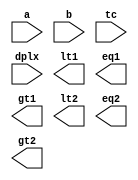
////////////////////////////////////////////////////////////////////////////////
//
//       This confidential and proprietary software may be used only
//     as authorized by a licensing agreement from Synopsys Inc.
//     In the event of publication, the following notice is applicable:
//
//                    (C) COPYRIGHT 1998 - 2018 SYNOPSYS INC.
//                           ALL RIGHTS RESERVED
//
//       The entire notice above must be reproduced on all authorized
//     copies.
//
//
// VERSION:   Simulation Architecture
//
// DesignWare_version: 7a790432
// DesignWare_release: O-2018.06-DWBB_201806.3
//
////////////////////////////////////////////////////////////////////////////////
//-----------------------------------------------------------------------------------
//
// ABSTRACT:  Duplex Comparator
// MODIFIED :
//          RPH Aug 21, 2002    Added parameter checking
//
//-------------------------------------------------------------------------------
module DW_cmp_dx (a, b, tc, dplx, lt1, eq1, gt1, lt2, eq2, gt2);

  parameter integer width    = 8; 
  parameter integer p1_width = 4; 

  // port list declaration in order
  input [ width- 1: 0] a, b;
  input tc;
  input dplx;
   
  output lt1, eq1, gt1;
  output lt2, eq2, gt2;
  // synopsys translate_off

   wire  is_less_1, is_equal_1;
   wire  is_less_2, is_equal_2;
   reg [p1_width-1 :0] a_part_1, b_part_1;
   reg [width-p1_width-1 :0] a_part_2, b_part_2;
  
   integer 		     i;
   
   function is_less;
    input [width-1 : 0]  A, B;
    input TC; //Flag of Signed
    input [1:0] range;
    reg a_is_0, b_is_1, result ;
    integer i,sign;
    begin
        if ( range === 'b00)
           sign = width - 1;
        if ( range === 'b01)
           sign = p1_width - 1;
        if ( range === 'b10)
           sign = width - p1_width - 1;

        if ( TC === 1'b0 ) begin  // unsigned numbers
          result = 0;
          for (i = 0; i <= sign; i = i + 1) begin
              a_is_0 = A[i] === 1'b0;
              b_is_1 = B[i] === 1'b1;
              result = (a_is_0 & b_is_1) |
                        (a_is_0 & result) |
                        (b_is_1 & result);
          end // loop
        end else begin  // signed numbers
          if ( A[sign] !== B[sign] ) begin
              result = A[sign] === 1'b1;
          end else begin
              result = 0;
              for (i = 0; i <= sign-1; i = i + 1) begin
                  a_is_0 = A[i] === 1'b0;
                  b_is_1 = B[i] === 1'b1;
                  result = (a_is_0 & b_is_1) |
                            (a_is_0 & result) |
                            (b_is_1 & result);
              end // loop
          end // if
        end // if
        is_less = result;
       end
   endfunction // is_less
   
   
  //---------------------------------------------------------------------------
  // Parameter legality check
  //---------------------------------------------------------------------------

  
 
  initial begin : parameter_check
    integer param_err_flg;

    param_err_flg = 0;
    
    
    if (width < 4) begin
      param_err_flg = 1;
      $display(
	"ERROR: %m :\n  Invalid value (%d) for parameter width (lower bound: 4)",
	width );
    end
    
    if ( (p1_width < 2) || (p1_width > width-2) ) begin
      param_err_flg = 1;
      $display(
	"ERROR: %m :\n  Invalid value (%d) for parameter p1_width (legal range: 2 to width-2)",
	p1_width );
    end
  
    if ( param_err_flg == 1) begin
      $display(
        "%m :\n  Simulation aborted due to invalid parameter value(s)");
      $finish;
    end

  end // parameter_check 


     always @ (a or b or tc or dplx) begin : a1000_PROC
	for ( i = 0; i < p1_width; i=i+1) begin
	   a_part_1[i] = a[i];
	   b_part_1[i] = b[i];
	end // for ( i = 0; i < width-p1_width; i=i+1)
	// 	
	for ( i = 0; i < width-p1_width; i=i+1) begin
	   a_part_2[i] = a[i+p1_width];
	   b_part_2[i] = b[i+p1_width];
	end // for ( i = 0; i < width-p1_width; i=i+1)
     end // always @ (a or b or tc or dplx)
   
	     
   assign is_less_1 = (dplx === 1'b0) ? is_less(a_part_1, b_part_1, 1'b0, 2'b01) :
			is_less(a_part_1, b_part_1, tc, 2'b01);
   assign is_equal_1 = (a_part_1 === b_part_1) ? 1'b1 : 1'b0;

   
   assign is_less_2 = (dplx === 1'b0) ? is_less(a, b, tc,2'b00) :
		      is_less(a_part_2, b_part_2, tc, 2'b10 );
   assign is_equal_2 =  (dplx === 1'b0) ? ((a === b) ? 1'b1 : 1'b0) :
			((a_part_2 === b_part_2) ? 1'b1: 1'b0);


   assign lt1 = ((^(tc ^ tc) !== 1'b0) | (^(a ^ a) !== 1'b0) | (^(b ^ b) !== 1'b0) | (^(tc ^ tc) !== 1'b0) | (^(dplx ^ dplx) !== 1'b0) ) ? 1'bx :
		(is_less_1 == 1'b1 & is_equal_1 == 1'b0) ? 1'b1 :
		1'b0;

   assign eq1 = ((^(tc ^ tc) !== 1'b0) | (^(a ^ a) !== 1'b0) | (^(b ^ b) !== 1'b0) | (^(tc ^ tc) !== 1'b0) | (^(dplx ^ dplx) !== 1'b0) ) ? 1'bx :
		(is_less_1 == 1'b0 & is_equal_1 == 1'b1) ? 1'b1 :
		1'b0;

   assign gt1 = ((^(tc ^ tc) !== 1'b0) | (^(a ^ a) !== 1'b0) | (^(b ^ b) !== 1'b0) | (^(tc ^ tc) !== 1'b0) | (^(dplx ^ dplx) !== 1'b0) ) ? 1'bx :
		(is_less_1 == 1'b0 & is_equal_1 == 1'b0) ? 1'b1 :
		1'b0;

   assign lt2 = ((^(tc ^ tc) !== 1'b0) | (^(a ^ a) !== 1'b0) | (^(b ^ b) !== 1'b0) | (^(tc ^ tc) !== 1'b0) | (^(dplx ^ dplx) !== 1'b0) ) ? 1'bx :
		(is_less_2 == 1'b1 & is_equal_2 == 1'b0) ? 1'b1 :
		1'b0;

   assign eq2 = ((^(tc ^ tc) !== 1'b0) | (^(a ^ a) !== 1'b0) | (^(b ^ b) !== 1'b0) | (^(tc ^ tc) !== 1'b0) | (^(dplx ^ dplx) !== 1'b0) ) ? 1'bx :
		(is_less_2 == 1'b0 & is_equal_2 == 1'b1) ? 1'b1 :
		1'b0;

   assign gt2 = ((^(tc ^ tc) !== 1'b0) | (^(a ^ a) !== 1'b0) | (^(b ^ b) !== 1'b0) | (^(tc ^ tc) !== 1'b0) | (^(dplx ^ dplx) !== 1'b0) ) ? 1'bx :
		(is_less_2 == 1'b0 & is_equal_2 == 1'b0) ? 1'b1 :
		1'b0;   
// synopsys translate_on
endmodule // sim;